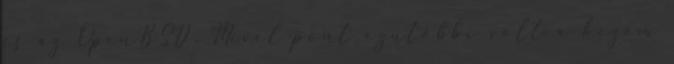
és az OpenBSD. Mivel pont ezutóbbi volt a kezem